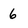
Character: 6